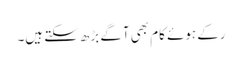
رکے ہوئے کام بھی آگے بڑھ سکتے ہیں۔